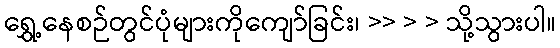
ရွှေ့နေစဉ်တွင်ပုံများကိုကျော်ခြင်း၊ >> > > သို့သွားပါ။